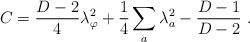
\begin{align*}C = {D-2\over4} \lambda_\varphi^2 + {1\over4}\sum_a \lambda_a^2 - {D-1 \over D-2} \ .\end{align*}